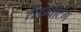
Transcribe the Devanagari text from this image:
रीइन्वेंटिंग